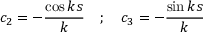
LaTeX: c _ { 2 } = - { \frac { \cos k s } { k } } \quad ; \quad c _ { 3 } = - { \frac { \sin k s } { k } }